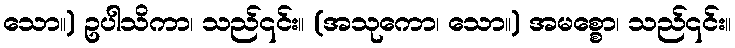
သော။) ဥပါသိကာ၊ သည်၎င်း။ (အသုကော၊ သော။) အမစ္စော၊ သည်၎င်း။